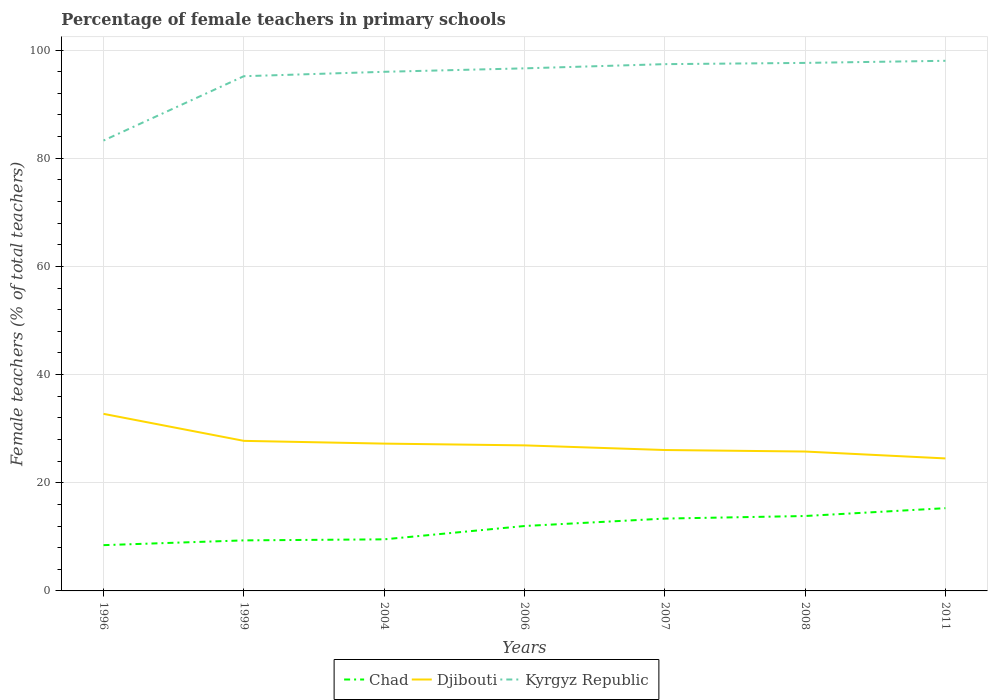
| Years | Chad | Djibouti | Kyrgyz Republic |
 | --- | --- | --- | --- |
 | 1996 | 8.46 | 32.7 | 83.3 |
 | 1999 | 9.34 | 27.7 | 95.2 |
 | 2004 | 9.54 | 27.2 | 96 |
 | 2006 | 12 | 26.9 | 96.6 |
 | 2007 | 13.4 | 26 | 97.4 |
 | 2008 | 13.8 | 25.8 | 97.6 |
 | 2011 | 15.3 | 24.5 | 98 |